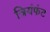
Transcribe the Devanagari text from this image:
त्रियंफंट